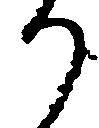
り